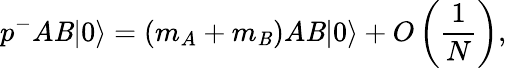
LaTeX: p^{-}A\mathit{B}|0\rangle=(m_{A}+m_{\mathit{B}})A\mathit{B}|0\rangle+O\left(\frac{{1}}{{N}}\right),